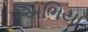
અભિયા